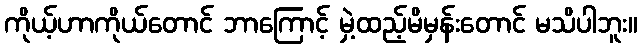
ကိုယ့်ဟာကိုယ်တောင် ဘာကြောင့် မှဲ့ထည့်မိမှန်းတောင် မသိပါဘူး။